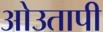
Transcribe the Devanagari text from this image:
ओउतापी